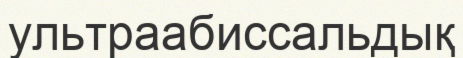
ультраабиссальдық